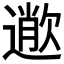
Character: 𣤎